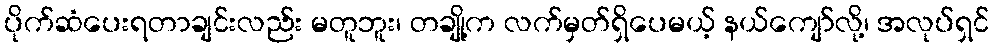
ပိုက်ဆံပေးရတာချင်းလည်း မတူဘူး၊ တချို့က လက်မှတ်ရှိပေမယ့် နယ်ကျော်လို့၊ အလုပ်ရှင်